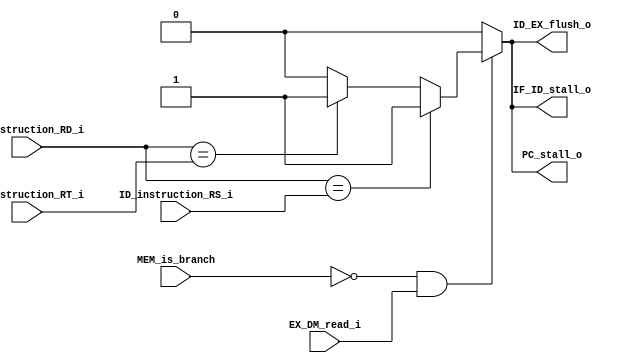
module Load_Use_Stall(
    MEM_is_branch,
    EX_DM_read_i,
    EX_instruction_RD_i,
    ID_instruction_RS_i,
    ID_instruction_RT_i,
    PC_stall_o,
    IF_ID_stall_o,
    ID_EX_flush_o
    );

input MEM_is_branch;
input EX_DM_read_i;
input [5-1:0] EX_instruction_RD_i;
input [5-1:0] ID_instruction_RS_i;
input [5-1:0] ID_instruction_RT_i;
output reg PC_stall_o;
output reg IF_ID_stall_o;
output reg ID_EX_flush_o;

always @(*) begin 
    PC_stall_o = 1'b0;
    IF_ID_stall_o = 1'b0;
    ID_EX_flush_o = 1'b0;

    if(!MEM_is_branch && EX_DM_read_i) begin
        if(EX_instruction_RD_i == ID_instruction_RS_i) begin
            PC_stall_o = 1'b1;
            IF_ID_stall_o = 1'b1;
            ID_EX_flush_o = 1'b1;
        end 
        else if(EX_instruction_RD_i == ID_instruction_RT_i) begin
            PC_stall_o = 1'b1;
            IF_ID_stall_o = 1'b1;
            ID_EX_flush_o = 1'b1;
        end
    end
end

endmodule